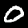
Digit: 0